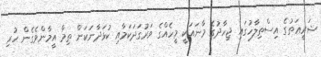
ޝަރީޢަތުގެ އިސްތިލާހުގައި ޖިހާދުގެ މާނައަކީ މީހެއްގެ ވަރުގަދަކަމާއި ކުޅަދާނަކަން ތިމާ އީމާންވެގެން ހުރި